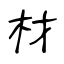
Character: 材